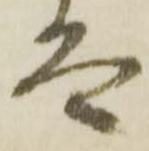
太